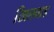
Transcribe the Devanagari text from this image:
खिलवाड